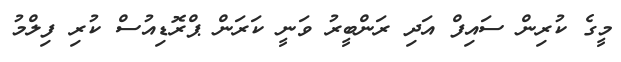
މީގެ ކުރިން ސައިފް އަދި ރަންބީރު ވަނީ ކަރަން ޕްރޮޑިއުސް ކުރި ފިލްމު